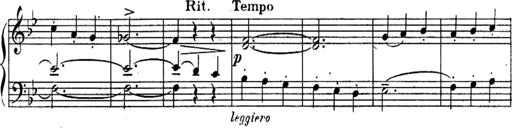
Title: Sonatines
Composer: Hedwige ChrÃ©tien